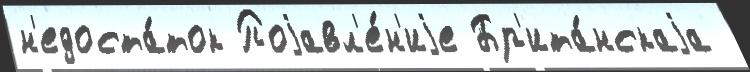
н'едоста́ток Поjавл'е́н'иjе Бр'ита́нскаjа